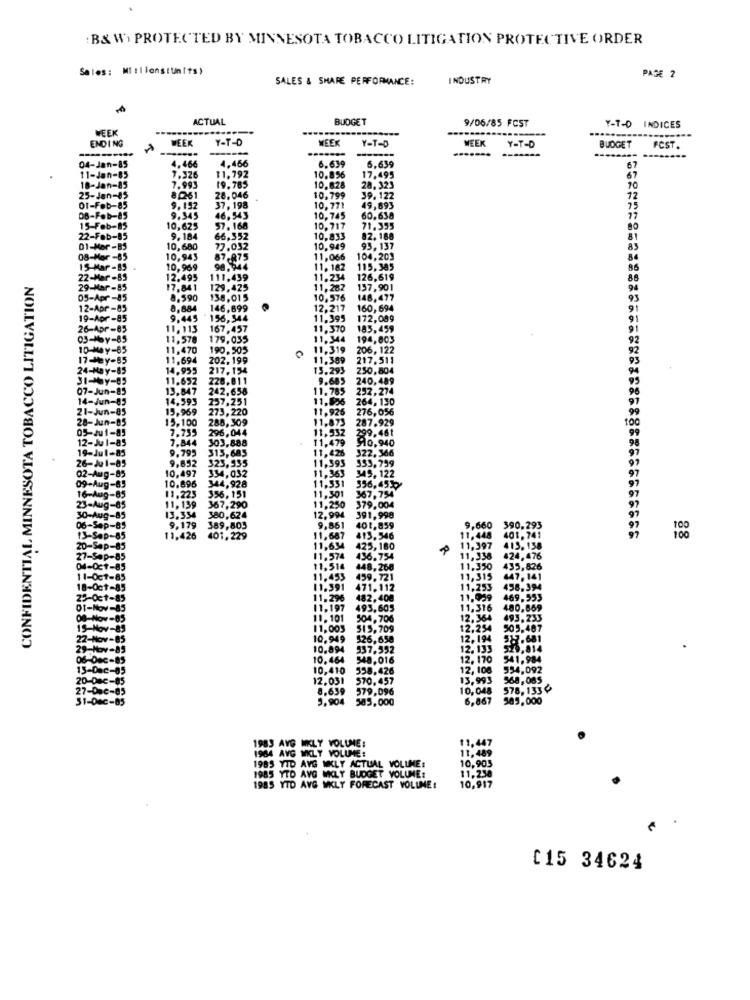
B& W. PROTECTED BY MINNESOTA TOBACCO LITIGATION PROTECTIVE ORDER
Sales: Mi:lionstunits)
SALES & SHARE PERFORMANCE:
INDUSTRY
PAGE 2
ACTUAL
BUDGET
9/06/85 FCST
WEEK
Y-T-D INDICES
ENDING
WEEK
Y-T-D
WEEK
Y-T-0
MEEK
Y-T-D
--
BUDGET
FCST
4.466
4.466
6.639
04-Jan-85
11-Jan-85
6,639
7.326
11.792
19.785
10.85%
17.495
67
18-Jan-85
7.993
10.828
28, 323
70
25-Jan-85
8251
28.046
10.799
39. 122
72
01-Feb-85
9.192
37, 198
10, 771
49,693
75
DB-Feb-85
9.345
46,543
10,745
60,638
27
15-Feb-85
10,625
57. 168
10.717
71.335
80
22-Fab-85
9.184
66,352
10.833
92. 188
81
01-Mar -B5
10,680
77.032
10.949
93,137
AS
08-Mar -85
10,943
87-875
11,066
104.203
84
15-Mar -19
10,969
98.944
11.182
115,385
CONFIDENTIAL MINNESOTA TOBACCO LITIGATION
22-Mar -85
12.495
111.439
11.234
126,619
88
29-Mar-85
17,841
129,425
11.282
137,901
05-Apr
8.590
138,015
10,576
148,477
93
12-Apr-85
8,884
146,899
12.217
160, 694
19-Apr -85
9,445
156,544
11,395
172,099
26-Apr-85
11,113
167,457
11.370
185, 459
11,578
179,035
11.344
194,803
10-May-85
11,470
190.505
11,319
206, 122
17-May-85
11.694
202.199
0
11.389
217.511
1Y-85
14,955
217, 154
13.293
230,804
31-May-85
11.652
228,811
9.685
240,489
07-Jun-85
13,847
242,658
11.785
252,274
14-Jun-85
14.393 237,251
11.826
264, 130
21-Jun-85
15,969
273, 220
11.926 276,056
28-Jun-05
15,100
288,309
287.929
05-Ju1-85
7.735
11.532
12-J
1-85
7.844
296,044
303,888
11.479
910,940
799.461
1-85
9.795 315,685
Ju1-85
11, 426 322, 366
353,799
10,497
9.852
334,032
323,335
11,393
11,363
10.896 344,928
11,331
345, 122
556,45
11.223 356,151
11,301
11.250
367.
11,139 367,290
12.994
379.004
13.334 380,624
391,9
9,179 389,803
9,851
401,859
11.448
9,660
390.293
401. 741
11,426 401.229
11,687
413.546
100
11.634
425, 180
11,397
11.574
6.754
11,338
424,476
11,514
448,260
11.330
435,826
11.453
459. 721
11,315
447, 141
11.391
471.112
11,253
458.394
11,296
482,408
11.039 469,553
11,197
493,605
11,316 480,669
11.101
504,706
12. 364 493.233
11,003
515,709
12,254 505.487
10,949
126,658
12, 194 517.681
10.894
537.552
12.133 528,81
10.464 548.016
12. 170 541,984
10,410
558,426
12, 108 554,092
12.031
570.457
13.993 968,085
8.639
579,096
10,048 578,133¢
3,904
585,000
6,867 585,000
11,447
1964 AVG MILY VOLUME:
1983 AVG MIKLY VOLUME :
11,489
1985 YID AVG WKLY ACTUAL VOLUME:
10,903
11.238
1985 YTD AVG WKLY BUDGET VOLUME:
1985 YTD AVG WKLY FORECAST VOLUME:
10,917
[15 34624